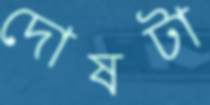
দোষটা